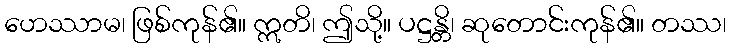
ဟေဿာမ၊ ဖြစ်ကုန်၏။ ဣတိ၊ ဤသို့။ ပဋ္ဌန္တိ၊ ဆုတောင်းကုန်၏။ တဿ၊